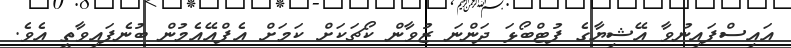
އައިސްފައިނުވާ އޭޝިޔާގެ ފުޓްބޯޅަ ދަންނަ ޒުވާން ކޯޗަކަށް ކަމަށް އެފްއޭއެމުން ބުނެފައިވާތީ އެވެ.